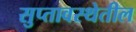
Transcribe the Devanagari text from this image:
सुप्तावस्थेतील